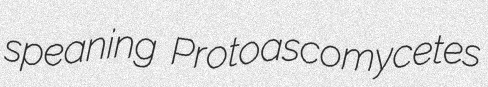
speaning Protoascomycetes